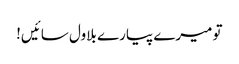
تو میرے پیارے بلاول سائیں!